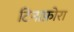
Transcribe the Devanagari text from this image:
टिनाफ़ोरा